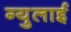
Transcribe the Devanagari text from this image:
ग्युलाई